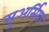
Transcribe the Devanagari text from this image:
सुअर्सिया